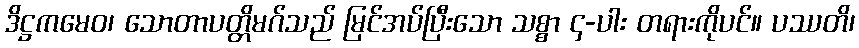
ဒိဋ္ဌကမေဝ၊ သောတာပတ္တိမဂ်သည် မြင်အပ်ပြီးသော သစ္စာ ၄-ပါး တရားကိုပင်။ ပဿတိ၊